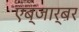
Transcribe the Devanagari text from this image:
एब्जार्बर